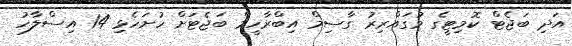
އަދި ބަޖެޓް ކޮމިޓީގެ މުގައްރިރު ގާސިމް އިބްރާހީމް ބަޖެޓަށް ހުށަހެޅި 14 އިސްލާހު